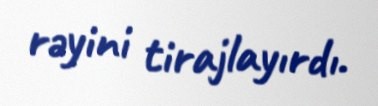
rəyini tirajlayırdı.